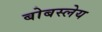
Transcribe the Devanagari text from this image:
बोबस्लेय